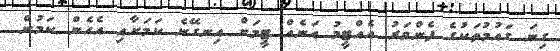
ގިނަ ގައުމުތަކުގެ ފެންވަރު އެއްޓީމު އަނެއް ޓީމަށް އިނގޭނެ ކަމަށާއި އެހެން ކަމުން